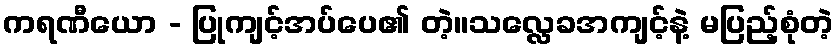
ကရဏီယော - ပြုကျင့်အပ်ပေ၏ တဲ့။သလ္လေခအကျင့်နဲ့ မပြည့်စုံတဲ့